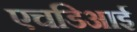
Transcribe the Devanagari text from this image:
एचडिआई